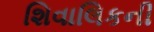
શિવાલિકની